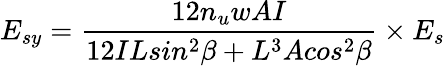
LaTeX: E_{sy}=\frac{12n_{u}wAI}{12ILsin^{2}\beta+L^{3}Acos^{2}\beta}\times{E_{s}}